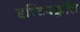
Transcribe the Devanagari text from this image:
दृष्टिपद्धति